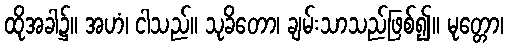
ထိုအခါ၌။ အဟံ၊ ငါသည်။ သုခိတော၊ ချမ်းသာသည်ဖြစ်၍။ မုတ္တော၊